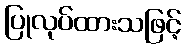
ပြုလုပ်ထားသဖြင့်